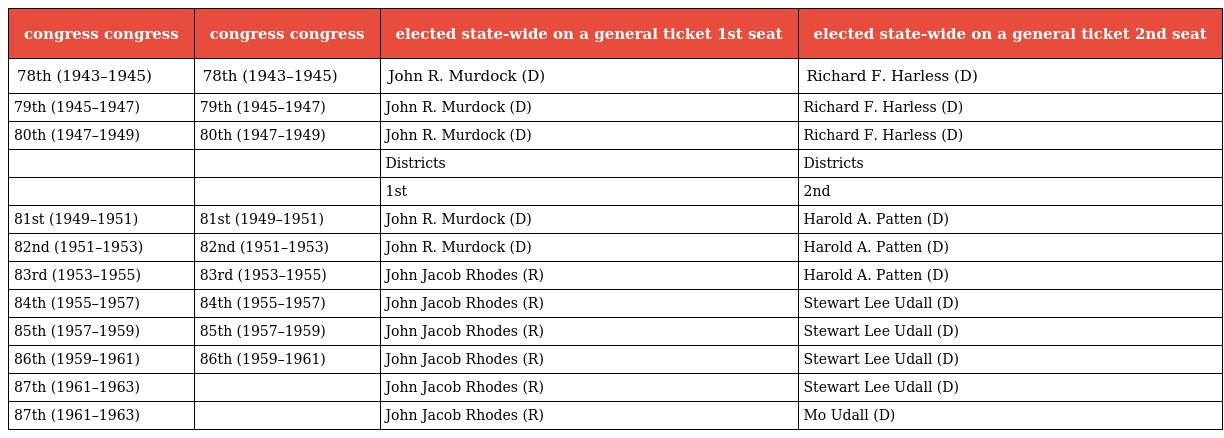
| congress congress | congress congress | elected state-wide on a general ticket 1st seat | elected state-wide on a general ticket 2nd seat |
 | --- | --- | --- | --- |
 | 78th (1943–1945) | 78th (1943–1945) | John R. Murdock (D) | Richard F. Harless (D) |
 | 79th (1945–1947) | 79th (1945–1947) | John R. Murdock (D) | Richard F. Harless (D) |
 | 80th (1947–1949) | 80th (1947–1949) | John R. Murdock (D) | Richard F. Harless (D) |
 |  |  | Districts | Districts |
 |  |  | 1st | 2nd |
 | 81st (1949–1951) | 81st (1949–1951) | John R. Murdock (D) | Harold A. Patten (D) |
 | 82nd (1951–1953) | 82nd (1951–1953) | John R. Murdock (D) | Harold A. Patten (D) |
 | 83rd (1953–1955) | 83rd (1953–1955) | John Jacob Rhodes (R) | Harold A. Patten (D) |
 | 84th (1955–1957) | 84th (1955–1957) | John Jacob Rhodes (R) | Stewart Lee Udall (D) |
 | 85th (1957–1959) | 85th (1957–1959) | John Jacob Rhodes (R) | Stewart Lee Udall (D) |
 | 86th (1959–1961) | 86th (1959–1961) | John Jacob Rhodes (R) | Stewart Lee Udall (D) |
 | 87th (1961–1963) |  | John Jacob Rhodes (R) | Stewart Lee Udall (D) |
 | 87th (1961–1963) |  | John Jacob Rhodes (R) | Mo Udall (D) |